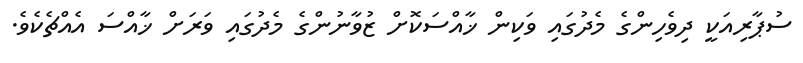
ސުޕާރިއަކީ ދިވެހިންގެ މެދުގައި ވަކިން ޚާއްސަކޮށް ޒުވާނުންގެ މެދުގައި ވަރަށް ޚާއްސަ އެއްޗެކެވެ.